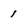
Character: 1